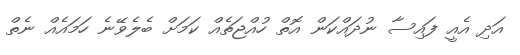
އަދި އެއީ ފައިސާ ނުދައްކަން އޮތް ހުއްޖަތެއް ކަމަށް ބެލެވޭނެ ހަމައެއް ނެތް